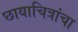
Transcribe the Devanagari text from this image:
छायाचित्रांचा